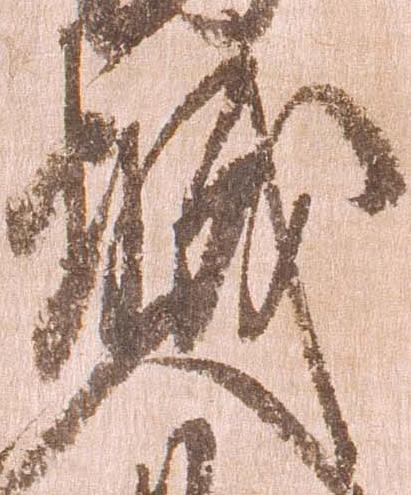
城